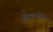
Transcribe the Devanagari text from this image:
क्विनगील